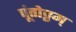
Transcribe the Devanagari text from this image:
पूंतोट्टम्